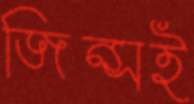
জিন্সই